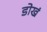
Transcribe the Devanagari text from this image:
डोखं